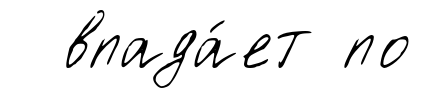
впада́ет по